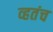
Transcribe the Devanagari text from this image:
व्हतंच